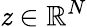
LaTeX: \mathit{z}\in\mathbb{{R}}^{N}